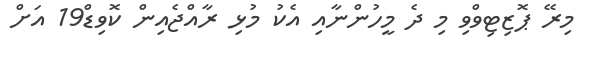
މިރޭ ޕޮޒިޓިވްވި މި ދެ މީހުންނާއި އެކު މުޅި ރާއްޖެއިން ކޮވިޑް19 އަށް